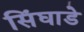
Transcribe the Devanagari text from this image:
सिंघाडे